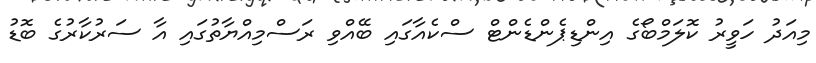
މިއަދު ހަވީރު ކޮލަމްބޯގެ އިންޑިޕެންޑެންޓް ސްކެއާގައި ބޭއްވި ރަސްމިއްޔާތުގައި އާ ސަރުކާރުގެ ބޮޑު